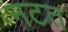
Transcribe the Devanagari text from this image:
नटत